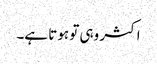
اکثر وہی تو ہوتا ہے۔